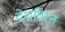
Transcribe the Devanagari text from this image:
देशविरत